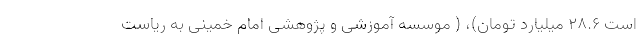
است ۲۸.۶ میلیارد تومان)، ( موسسه آموزشی و پژوهشی امام خمینی به ریاست